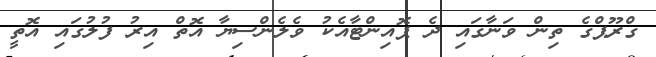
ގްރޫޕްގެ ތިން ވަނާގައި ދެ ޕޮއިންޓާއެކު ވެލެންސިޔާ އޮތް އިރު ފުލުގައި އޮތީ